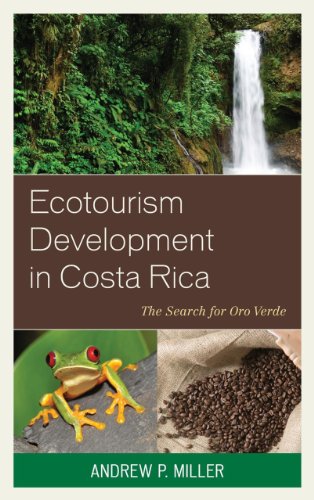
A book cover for Ecotourism Development in Costa Rica: The Search for Oro Verde; Andrew P. Miller; Travel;